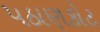
પઠાણકોટ